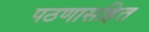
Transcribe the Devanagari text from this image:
पठणासहित